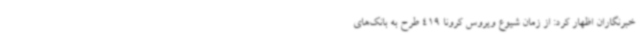
خبرنگاران اظهار کرد: از زمان شیوع ویروس کرونا 419 طرح به بانک‌های